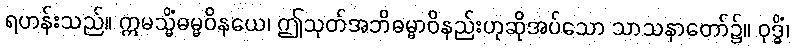
ရဟန်းသည်။ ဣမသ္မိံဓမ္မဝိနယေ၊ ဤသုတ်အဘိဓမ္မာဝိနည်းဟုဆိုအပ်သော သာသနာတော်၌။ ဝုဒ္ဓိံ၊